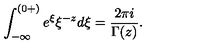
\int _ { - \infty } ^ { ( 0 + ) } e ^ { \xi } \xi ^ { - z } d \xi = \frac { 2 \pi i } { \Gamma ( z ) } .